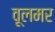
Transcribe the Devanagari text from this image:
वूलमर